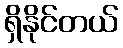
ရှိနိုင်တယ်